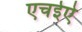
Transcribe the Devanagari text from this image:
एचईऐ